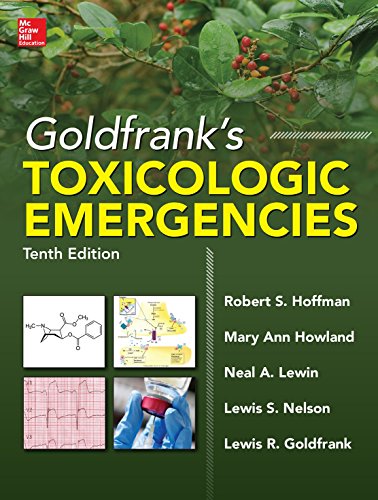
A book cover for Goldfrank's Toxicologic Emergencies, Tenth Edition; Robert Hoffman; Medical Books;